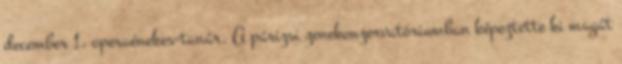
december 1. operaénekes-tanár. A párizsi zenekonzervatóriumban képeztette ki magát